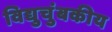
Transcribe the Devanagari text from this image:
विद्युचुंबकीय